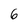
Character: 6